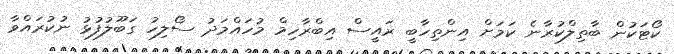
ކޯޓަކުން ބާތިލްކުރާނެ ކަމަށް އިންތިހާބީ ރައީސް އިބްރާހިމް މުހައްމަދު ސޯލިހު ގަބޫލުފުޅު ނުކުރައްވާ